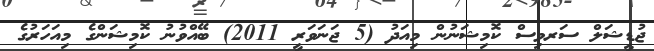
ޖުޑީޝަލް ސަރވިސް ކޮމިޝަނުން މިއަދު (5 ޖަނަވަރީ 2011) ބޭއްވުނު ކޮމިޝަންގެ މިއަހަރުގެ